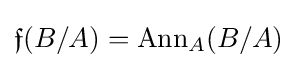
{\mathfrak {f}}(B/A)=\operatorname {Ann} _{A}(B/A)